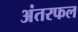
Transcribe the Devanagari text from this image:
अंतरफल